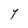
Character: Y